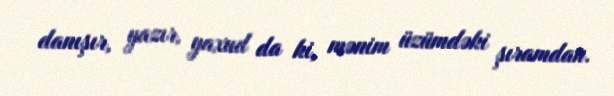
danışır, yazır, yaxud da ki, mənim üzümdəki şıramdan.